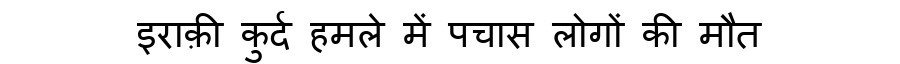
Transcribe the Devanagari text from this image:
इराक़ी कुर्द हमले में पचास लोगों की मौत